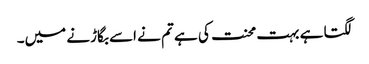
لگتا ہے بہت محنت کی ہے تم نے اسے بگاڑنے میں۔